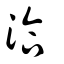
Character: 洽